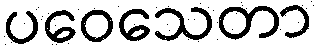
ပဝေသေတာ